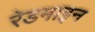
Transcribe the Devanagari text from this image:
रेडमाइन